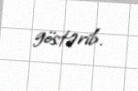
göstərib.